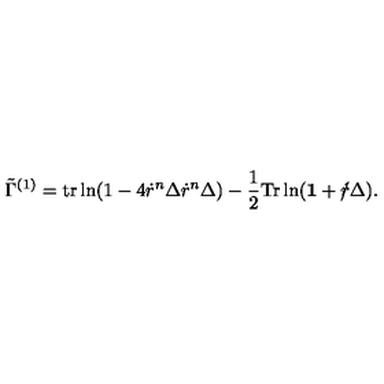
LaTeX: \tilde { \Gamma } ^ { ( 1 ) } = \mathrm { t r } \ln ( 1 - 4 \dot { r } ^ { n } \Delta \dot { r } ^ { n } \Delta ) - \frac { 1 } { 2 } \mathrm { T r } \ln ( { \bf 1 } + \dot { r } \! \! \! / \Delta ) .